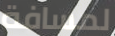
لمسافة